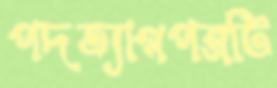
পদত্যাগপত্রটি